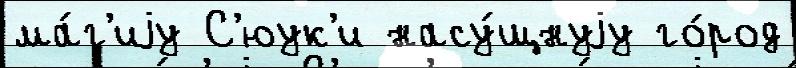
ма́г'иjу С'юук'и насу́щнуjу го́род